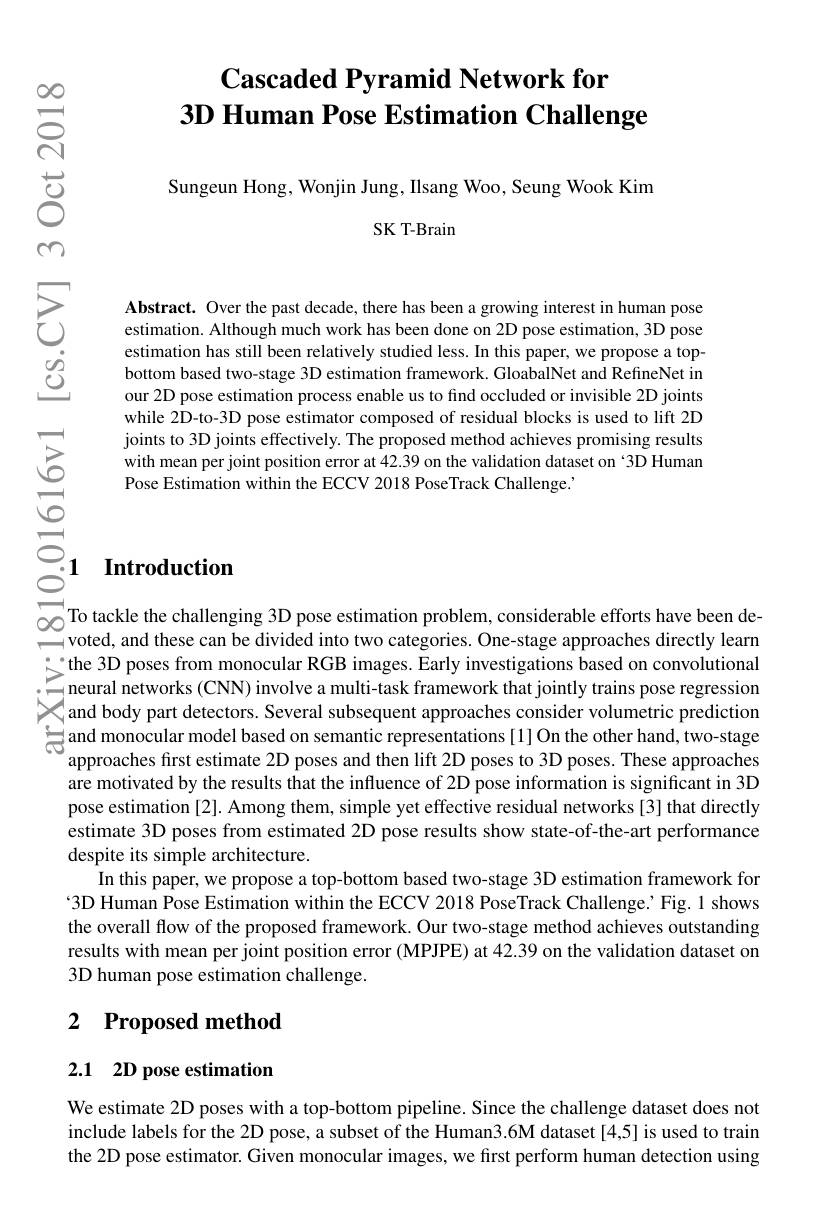
## $\textbf{Cascaded Pyramid Network for}$ 3D Human Pose Estimation Challenge

Sungeun Hong, Wonjin Jung, Ilsang Woo, Seung Wook Kim
SK T-Brain

Abstract. Over the past decade, there has been a growing interest in human pose estimation. Although much work has been done on 2D pose estimation, 3D pose estimation has still been relatively studied less. In this paper, we propose a topbottom based two-stage 3D estimation framework. GloabalNet and RefineNet in our 2D pose estimation process enable us to find occluded or invisible 2D joints while 2D-to-3D pose estimator composed of residual blocks is used to lift 2D joints to 3D joints effectively. The proposed method achieves promising results with mean per joint position error at 42.39 on the validation dataset on ‘3D Human Pose Estimation within the ECCV 2018 PoseTrack Challenge. '

# $\bar{\text{ু}_{1}}$ Introduction

To tackle the challenging 3D pose estimation problem, considerable efforts have been de- voted, and these can be divided into two categories. One- stage approaches directly learn $\because$the 3D poses from monocular RGB images. Early investigations based on convolutional $\_$neural networks (CNN) involve a multi-task framework that jointly trains pose regression and body part detectors. Several subsequent approaches consider volumetric prediction Sand monocular model based on semantic representations[ 1] On the other hand, two- stage Sand monocular model based on semantic representations[ 1] On the other hand, two- stage
approaches first estimate 2D poses and then lift 2D poses to 3D poses. These approaches are motivated by the results that the influence of 2D pose information is significant in 3D pose estimation [2]. Among them, simple yet effective residual networks [3] that directly estimate 3D poses from estimated 2D pose results show state-of-the-art performance despite its simple architecture.
In this paper, we propose a top-bottom based two-stage 3D estimation framework for $\because3D$ Human Pose Estimation within the ECCV 2018 PoseTrack Challenge.'Fig.1 shows the overall flow of the proposed framework. Our two-stage method achieves outstanding results with mean per joint position error (MPJPE) at 42.39 on the validation dataset on 3D human pose estimation challenge.

# 2 Proposed method

# 2.1 2D pose estimation

We estimate 2D poses with a top-bottom pipeline. Since the challenge dataset does not include labels for the 2D pose, a subset of the Human3.6M dataset[4,5] is used to train the 2D pose estimator. Given monocular images, we first perform human detection using